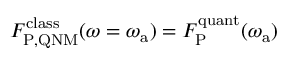
F _ { \mathrm { P , Q N M } } ^ { \mathrm { c l a s s } } ( \omega = \omega _ { \mathrm { a } } ) = F _ { \mathrm { P } } ^ { \mathrm { q u a n t } } ( \omega _ { \mathrm { a } } )